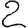
Digit: 2